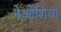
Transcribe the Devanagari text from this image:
नेओशिया